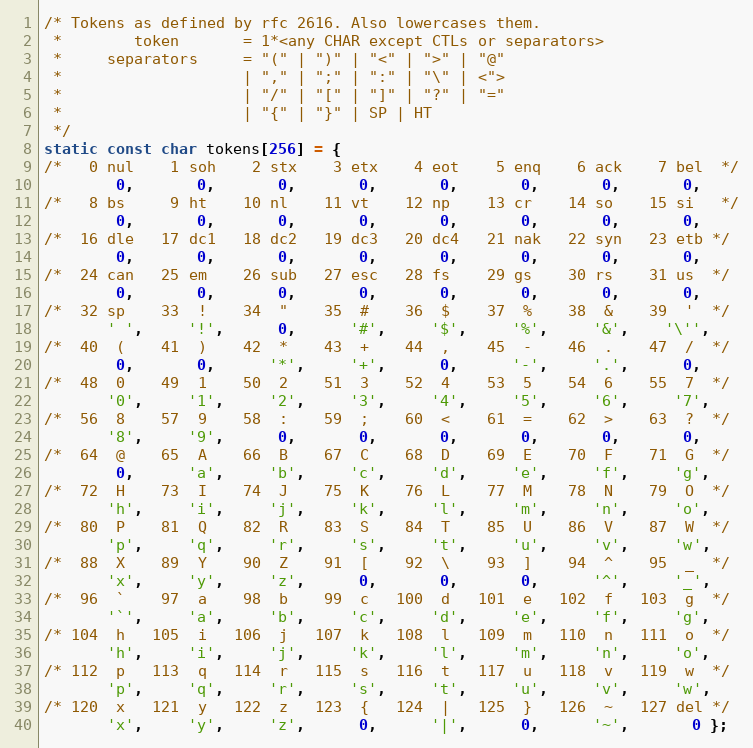
Language: C++
/* Tokens as defined by rfc 2616. Also lowercases them.
 *        token       = 1*<any CHAR except CTLs or separators>
 *     separators     = "(" | ")" | "<" | ">" | "@"
 *                    | "," | ";" | ":" | "\" | <">
 *                    | "/" | "[" | "]" | "?" | "="
 *                    | "{" | "}" | SP | HT
 */
static const char tokens[256] = {
/*   0 nul    1 soh    2 stx    3 etx    4 eot    5 enq    6 ack    7 bel  */
        0,       0,       0,       0,       0,       0,       0,       0,
/*   8 bs     9 ht    10 nl    11 vt    12 np    13 cr    14 so    15 si   */
        0,       0,       0,       0,       0,       0,       0,       0,
/*  16 dle   17 dc1   18 dc2   19 dc3   20 dc4   21 nak   22 syn   23 etb */
        0,       0,       0,       0,       0,       0,       0,       0,
/*  24 can   25 em    26 sub   27 esc   28 fs    29 gs    30 rs    31 us  */
        0,       0,       0,       0,       0,       0,       0,       0,
/*  32 sp    33  !    34  "    35  #    36  $    37  %    38  &    39  '  */
       ' ',     '!',      0,      '#',     '$',     '%',     '&',    '\'',
/*  40  (    41  )    42  *    43  +    44  ,    45  -    46  .    47  /  */
        0,       0,      '*',     '+',      0,      '-',     '.',      0,
/*  48  0    49  1    50  2    51  3    52  4    53  5    54  6    55  7  */
       '0',     '1',     '2',     '3',     '4',     '5',     '6',     '7',
/*  56  8    57  9    58  :    59  ;    60  <    61  =    62  >    63  ?  */
       '8',     '9',      0,       0,       0,       0,       0,       0,
/*  64  @    65  A    66  B    67  C    68  D    69  E    70  F    71  G  */
        0,      'a',     'b',     'c',     'd',     'e',     'f',     'g',
/*  72  H    73  I    74  J    75  K    76  L    77  M    78  N    79  O  */
       'h',     'i',     'j',     'k',     'l',     'm',     'n',     'o',
/*  80  P    81  Q    82  R    83  S    84  T    85  U    86  V    87  W  */
       'p',     'q',     'r',     's',     't',     'u',     'v',     'w',
/*  88  X    89  Y    90  Z    91  [    92  \    93  ]    94  ^    95  _  */
       'x',     'y',     'z',      0,       0,       0,      '^',     '_',
/*  96  `    97  a    98  b    99  c   100  d   101  e   102  f   103  g  */
       '`',     'a',     'b',     'c',     'd',     'e',     'f',     'g',
/* 104  h   105  i   106  j   107  k   108  l   109  m   110  n   111  o  */
       'h',     'i',     'j',     'k',     'l',     'm',     'n',     'o',
/* 112  p   113  q   114  r   115  s   116  t   117  u   118  v   119  w  */
       'p',     'q',     'r',     's',     't',     'u',     'v',     'w',
/* 120  x   121  y   122  z   123  {   124  |   125  }   126  ~   127 del */
       'x',     'y',     'z',      0,      '|',      0,      '~',       0 };